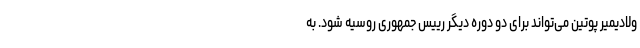
ولادیمیر پوتین می‌تواند برای دو دوره دیگر رییس جمهوری روسیه شود. به